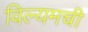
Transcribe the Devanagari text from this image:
विल्यमची